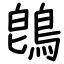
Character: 鵖